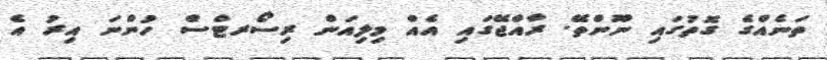
ތަނެއްގެ ގޮތުގައި ނޫންތޭ. ރާއްޖޭގައި އެއް މިލިއަން ރިސޯރޓްސް ހުންނަ އިރު އެ